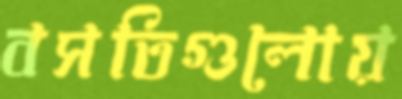
বসতিগুলোয়